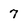
Character: 7